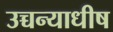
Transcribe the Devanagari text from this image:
उच्चन्याधीष